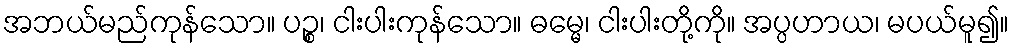
အဘယ်မည်ကုန်သော။ ပဉ္စ၊ ငါးပါးကုန်သော။ ဓမ္မေ၊ ငါးပါးတို့ကို။ အပ္ပဟာယ၊ မပယ်မူ၍။